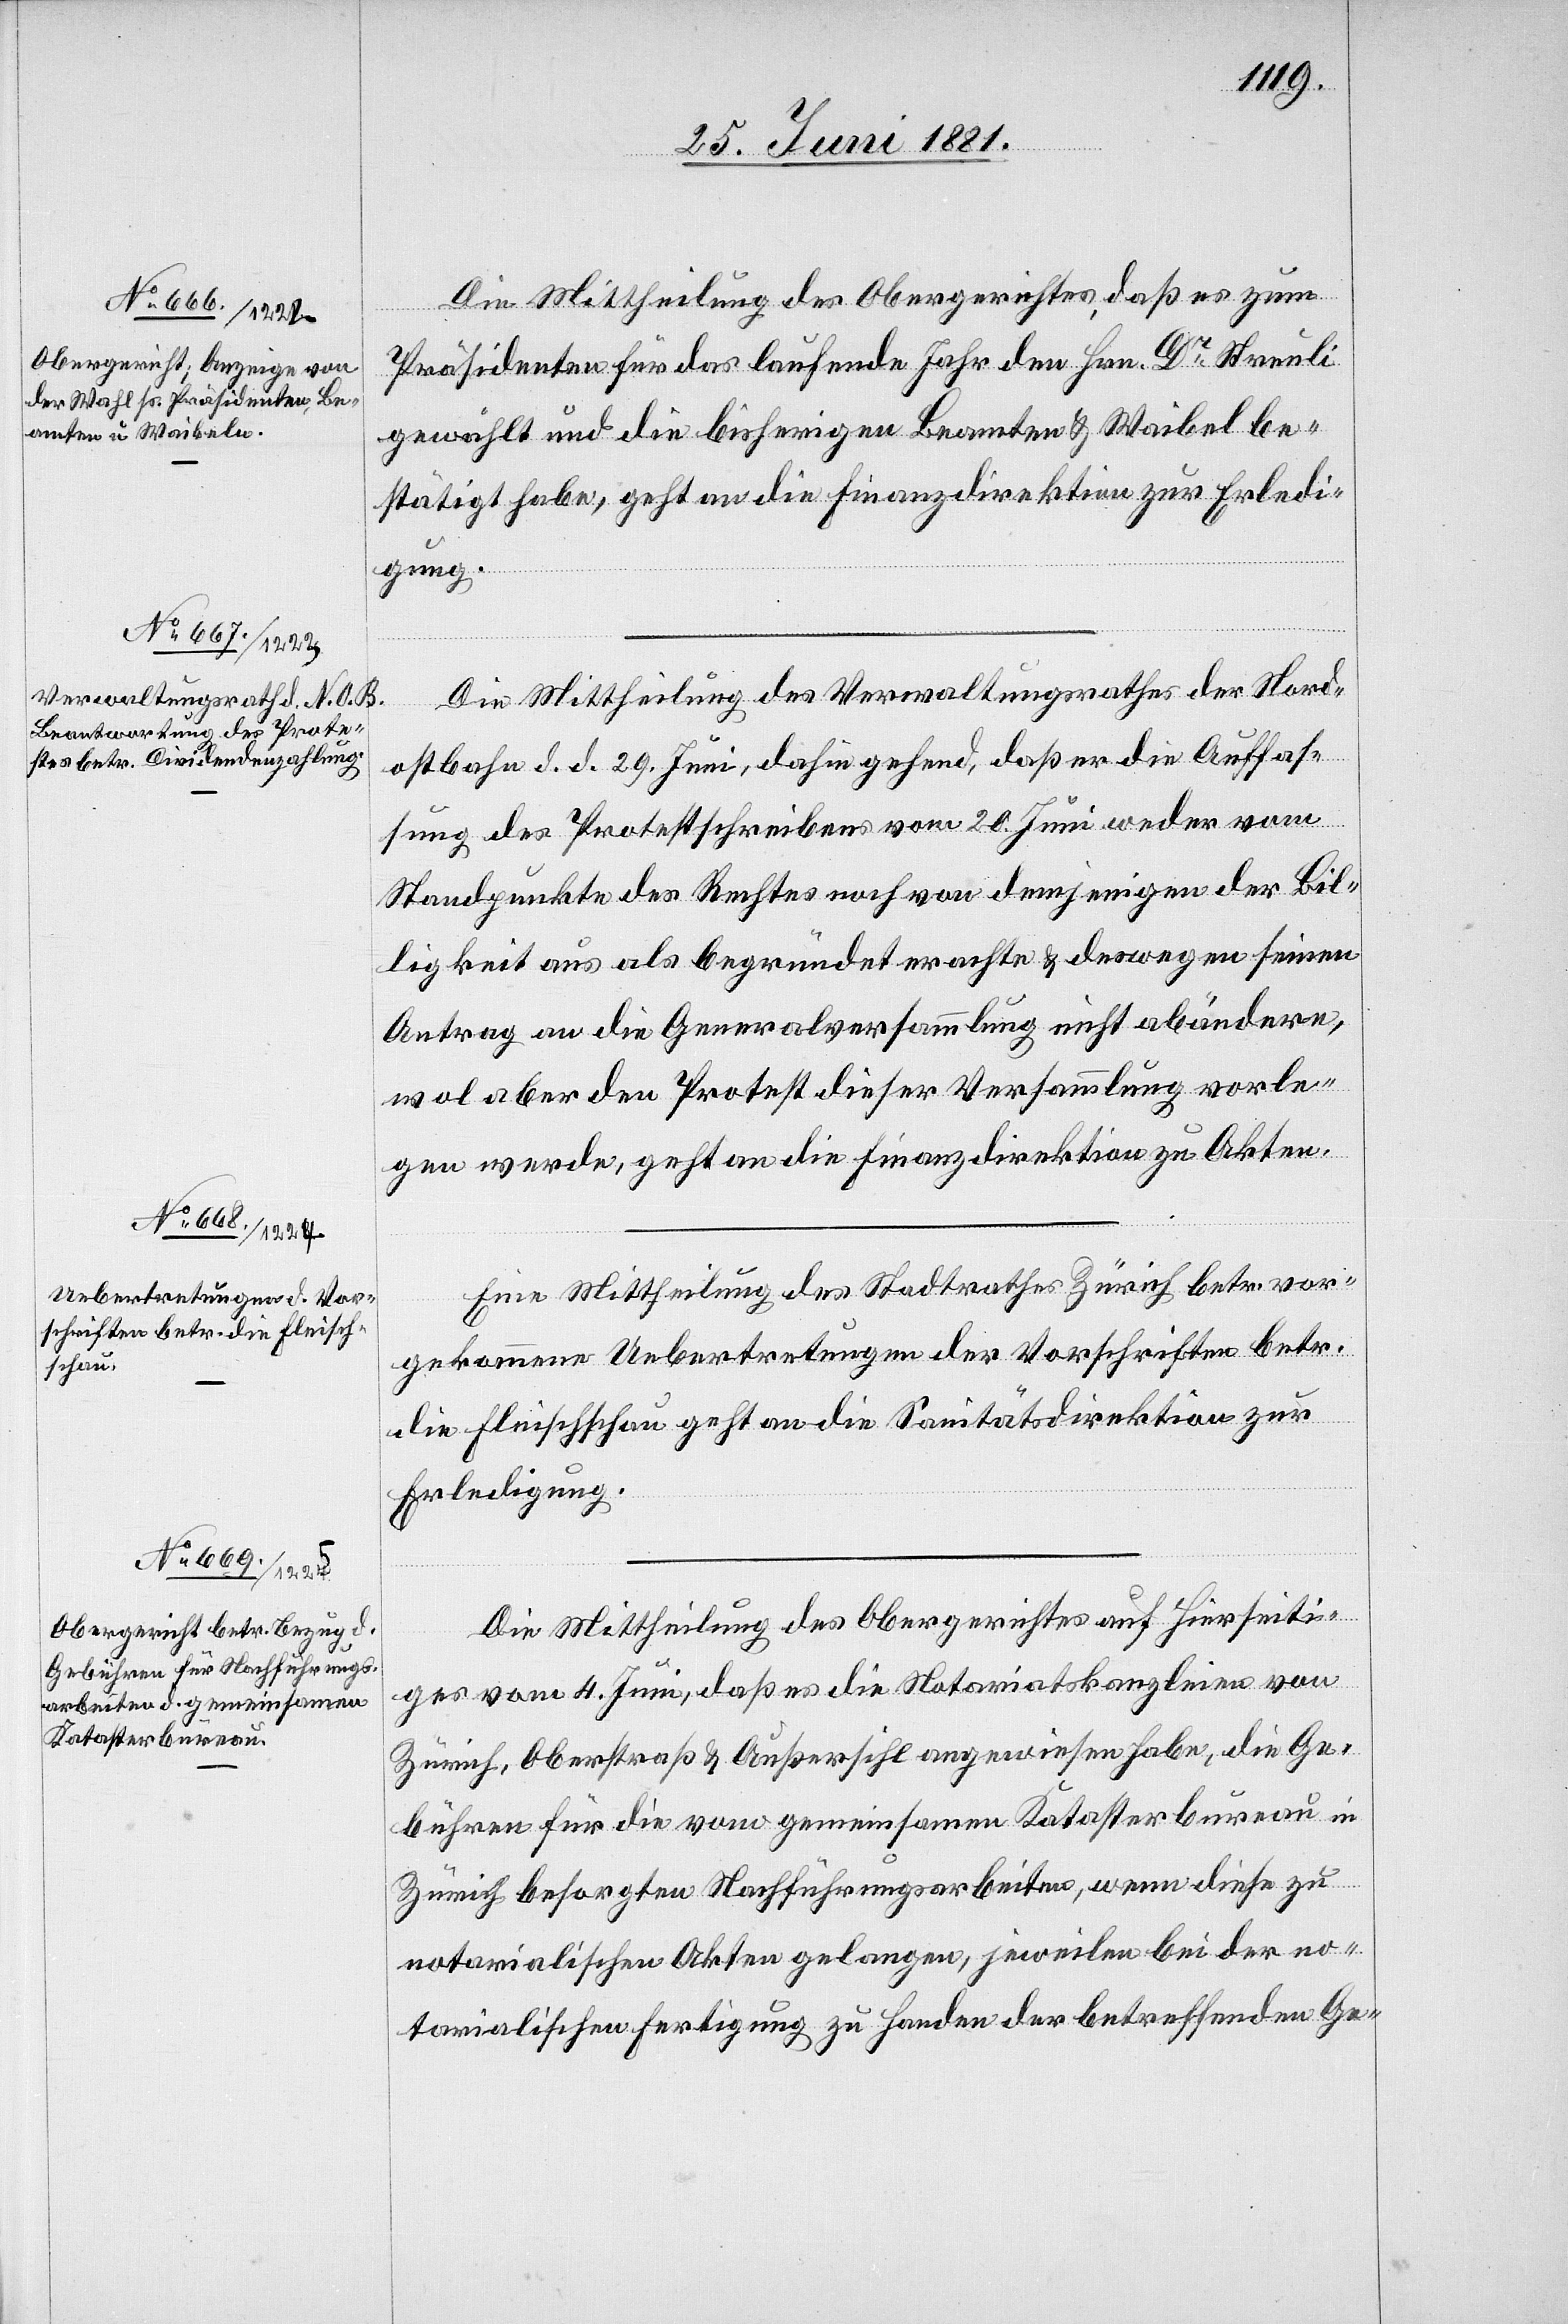
1. Juli 1881.]
Die Mittheilung des Obergerichtes, daß es zum
Präsidenten für das laufende Jahr den Hrn. Dr Steuli
gewählt und die bisherigen Beamten & Waibel be¬
stätigt habe, geht an die Finanzdirektion zur Erledi¬
gung.
Die Mittheilung des Verwaltungsrathes der Nord¬
ostbahn d. d. 29. Juni, dahin gehend, daß er die Auffas¬
sung des Protestschreibens vom 20. Juni weder vom
Standpunkte des Rechtes noch von demjenigen der Bil¬
ligkeit aus als begründet erachte & deswegen seinen
Antrag an die Generalversammlung nicht abändere,
wol aber den Protest dieser Versammlung vorle¬
gen werde, geht an die Finanzdirektion zu Akten.
Eine Mittheilung des Stadtrathes Zürich betr. vor¬
gekommene Uebertretungen der Vorschriften betr.
die Fleischschau geht an die Sanitätsdirektion zur
Erledigung.
Die Mittheilung des Obergerichtes auf Hierseiti¬
ges vom 4. Juni, daß es die Notariatskanzleien von
Zürich, Oberstraß & Außersihl angewiesen habe, die Ge¬
bühren für die vom gemeinsamen Katasterbureau in
Zürich besorgten Nachführungsarbeiten, wenn diese zu
notarialischen Akten gelangen, jeweilen bei der no¬
tarialischen Fertigung zu Handen der betreffenden Ge-